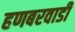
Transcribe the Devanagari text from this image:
हणबरवाडी